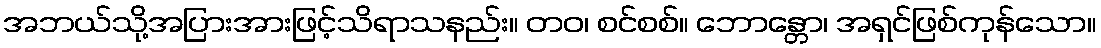
အဘယ်သို့အပြားအားဖြင့်သိရာသနည်း။ တဝ၊ စင်စစ်။ ဘောန္တော၊ အရှင်ဖြစ်ကုန်သော။